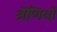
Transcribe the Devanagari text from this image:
श्रेंणियों